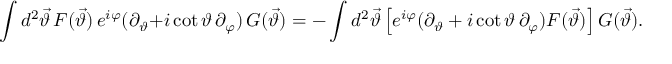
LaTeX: \int d ^ { 2 } \vec { \vartheta } \, F ( \vec { \vartheta } ) \, e ^ { i \varphi } ( \partial _ { \vartheta } + i \cot \vartheta \, \partial _ { \varphi } ) \, G ( \vec { \vartheta } ) = - \int d ^ { 2 } \vec { \vartheta } \left[ e ^ { i \varphi } ( \partial _ { \vartheta } + i \cot \vartheta \, \partial _ { \varphi } ) F ( \vec { \vartheta } ) \right] G ( \vec { \vartheta } ) .